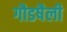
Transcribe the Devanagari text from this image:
गौडषैली